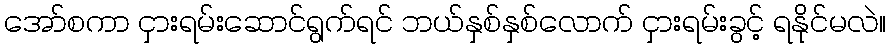
အော်စကာ ငှားရမ်းဆောင်ရွက်ရင် ဘယ်နှစ်နှစ်လောက် ငှားရမ်းခွင့် ရနိုင်မလဲ။